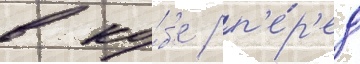
в ко́б'е / п'е́р'ед